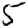
Digit: 5